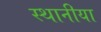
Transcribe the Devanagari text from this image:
स्थानीया